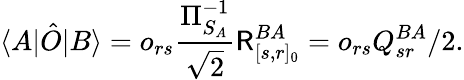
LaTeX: \langle A|\hat{O}|B\rangle=o_{rs}\frac{\Pi_{S_{A}}^{-1}}{\sqrt{2}}\mathsf{R}_{[s,r]_{0}}^{BA}=o_{rs}Q_{sr}^{BA}/2.